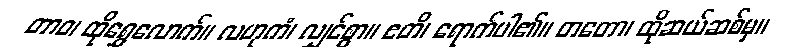
တာဝ၊ ထိုရွှေလောက်။ လဟုကံ၊ လျှင်စွာ။ ဧတိ၊ ရောက်ပါ၏။ တတော၊ ထိုဆယ်ဆစ်မှ။